Trukikaitis_Postimees, lk 11
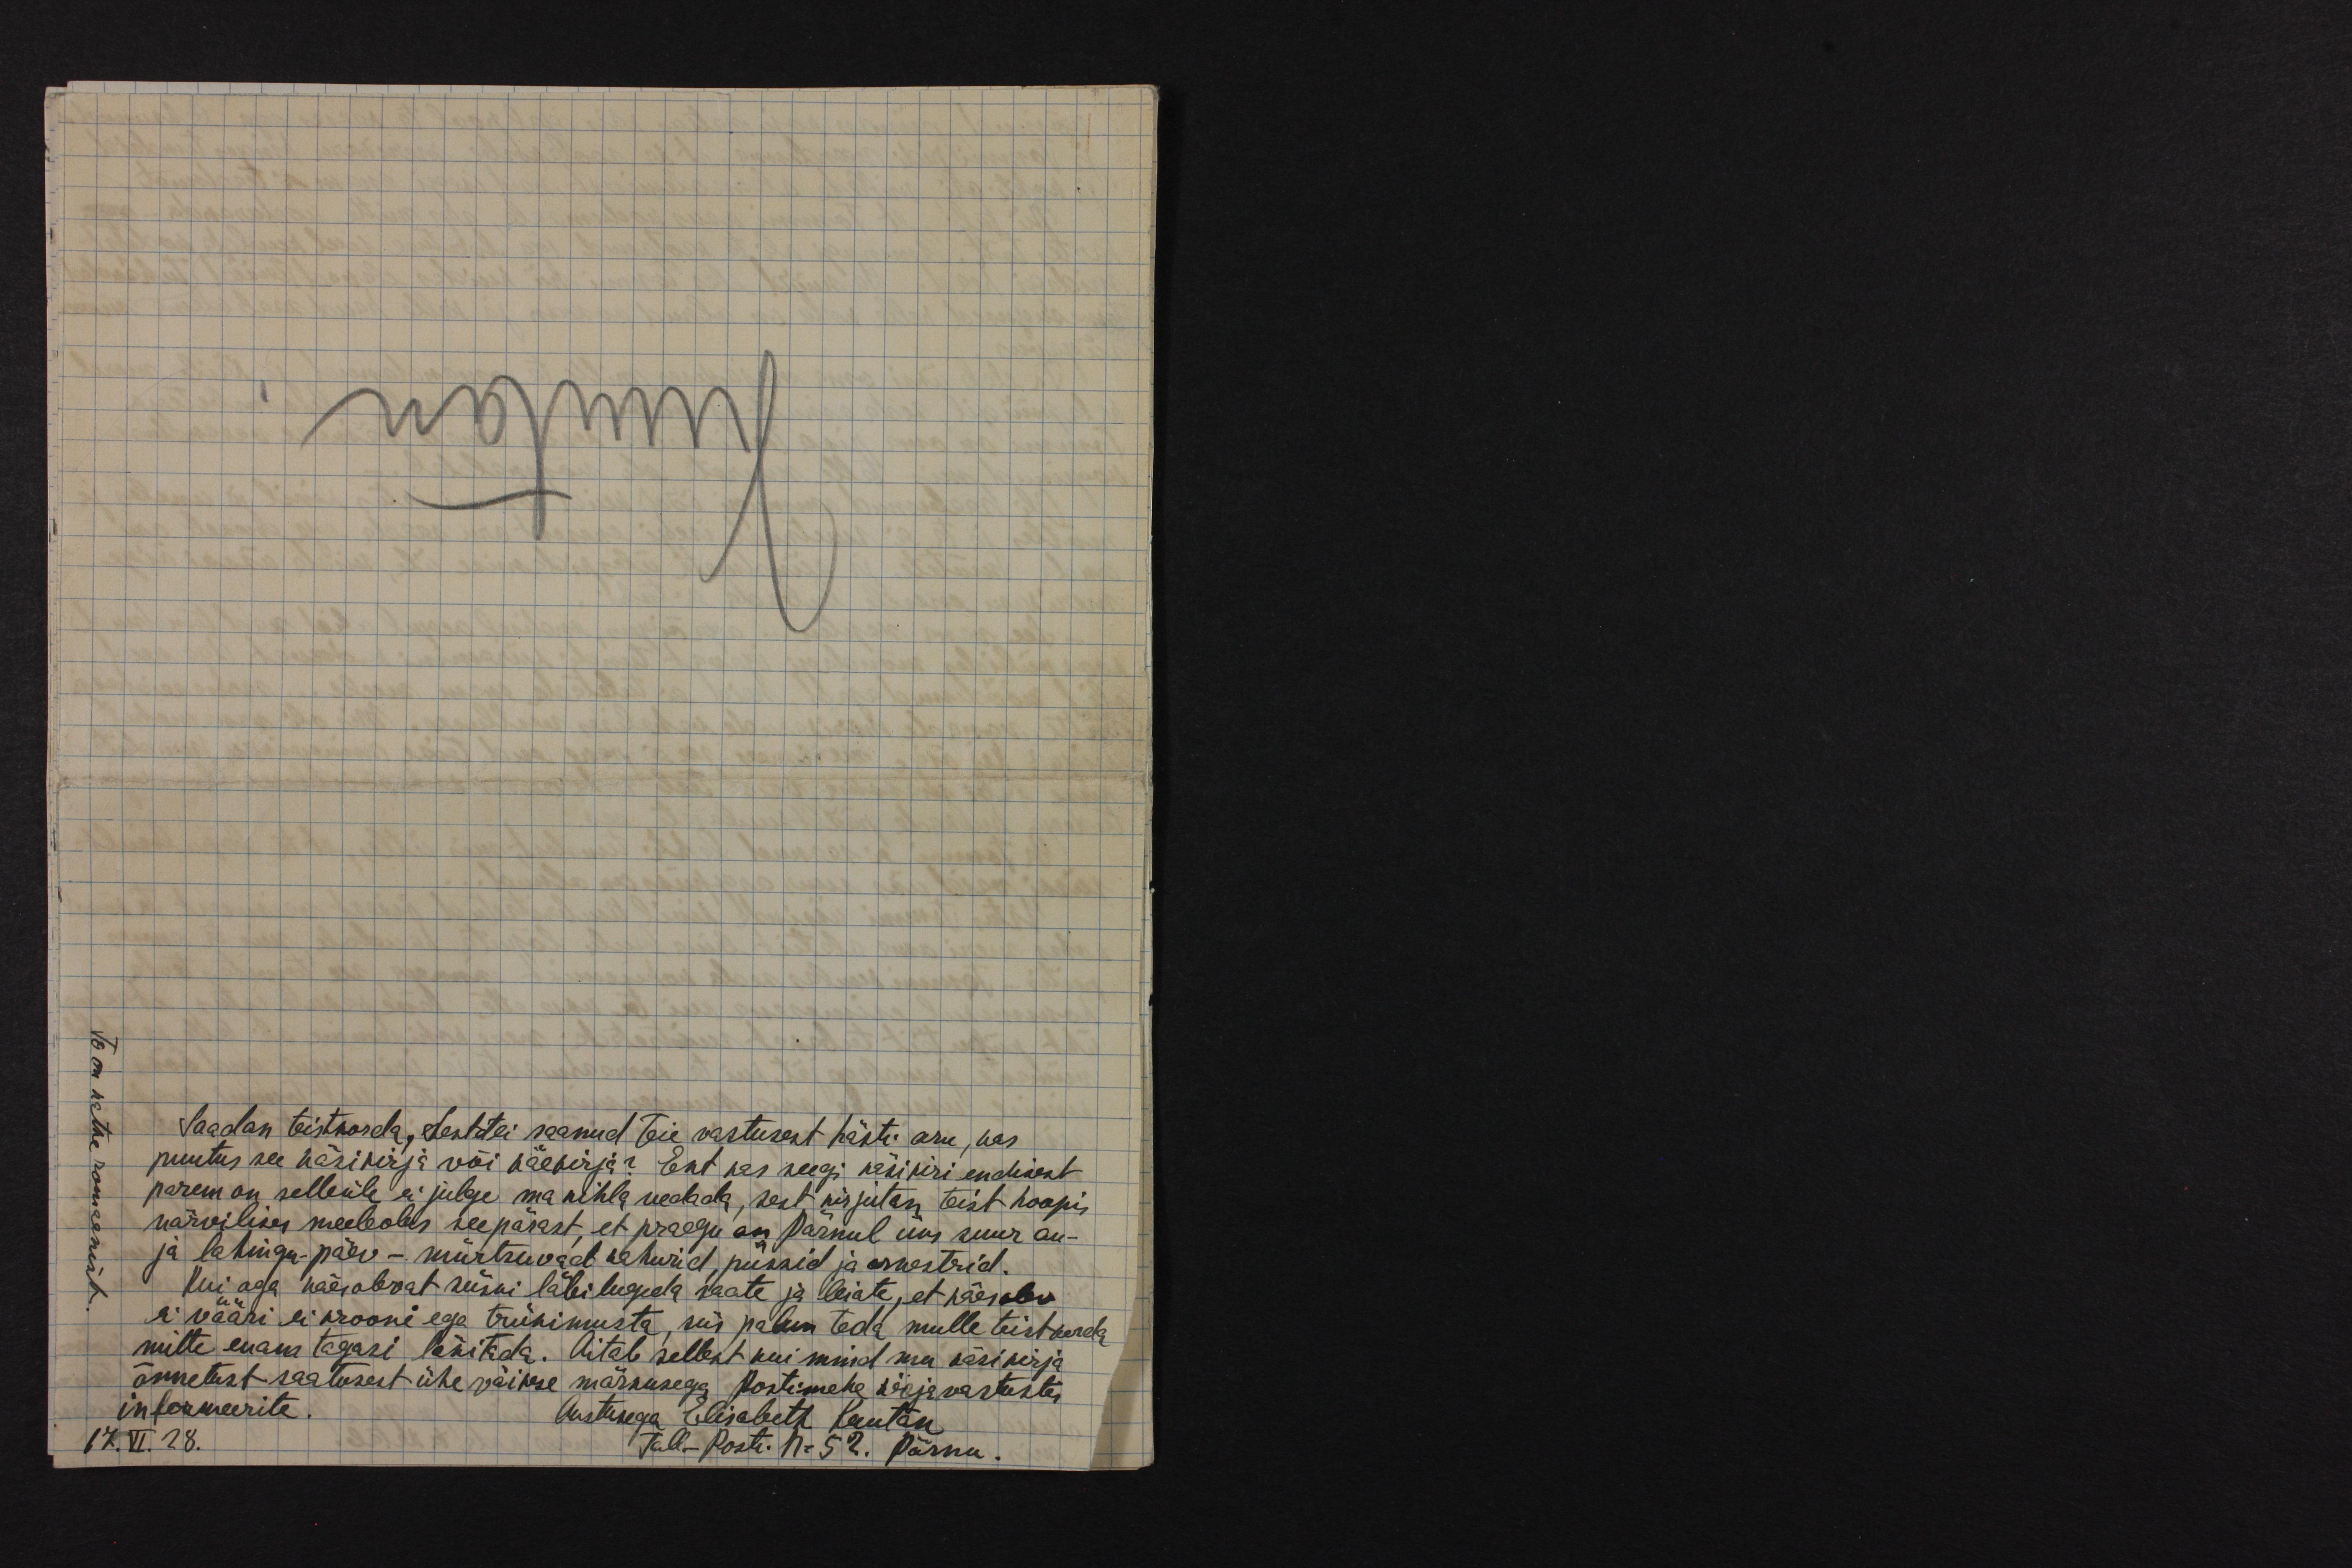
Saadan teistkorda, sest ei saanud teie vastusest hästi aru, kas
puutus see käsikirja või käekirja? Ent kas seegi käsikiri endisest
parem on selleüle ei julge ma kihla vedada, sest kirjutan teist hoopis
närvilises meeleolus seepärast, et praegu on Pärnul uus suur au-
ja lahingu-päev - mürtsuvad kahurid, püssid ja orkestrid.
Kui aga käesolevat siiski läbi lugeda saate ja leiate, et käes olev
ei vääri ei krooni ega trükimusta, siis palun teda mulle teist korda
mitte enam tagasi läkitada. Aitab sellest kui mind mu käsikirja
õnnetust saatusest ühe väikse märkusega Postimehe kirjavastustes
informeerite. Austusega Elisabeth Kuutan
17.VI.28 Tall-Posti. N-52. Pärnu